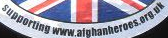
supporting www.aighanheroes.org.uk